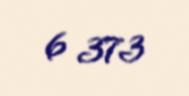
6 373